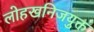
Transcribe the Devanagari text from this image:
लोहखनिजयुक्त